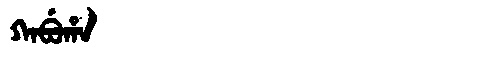
Manchu: ᡴᠠᠪᡠᡥᠠ
Romanization: KABUHA